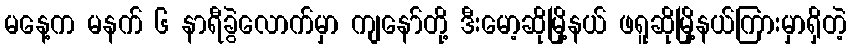
မနေ့က မနက် ၆ နာရီခွဲလောက်မှာ ကျနော်တို့ ဒီးမော့ဆိုမြို့နယ် ဖရူဆိုမြို့နယ်ကြားမှာရှိတဲ့